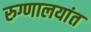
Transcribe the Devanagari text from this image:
रुग्णालयांत